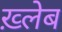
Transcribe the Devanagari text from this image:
ख़्लेब